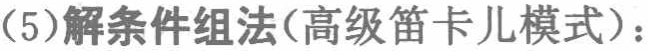
(5)解条件组法(高级笛卡儿模式)：